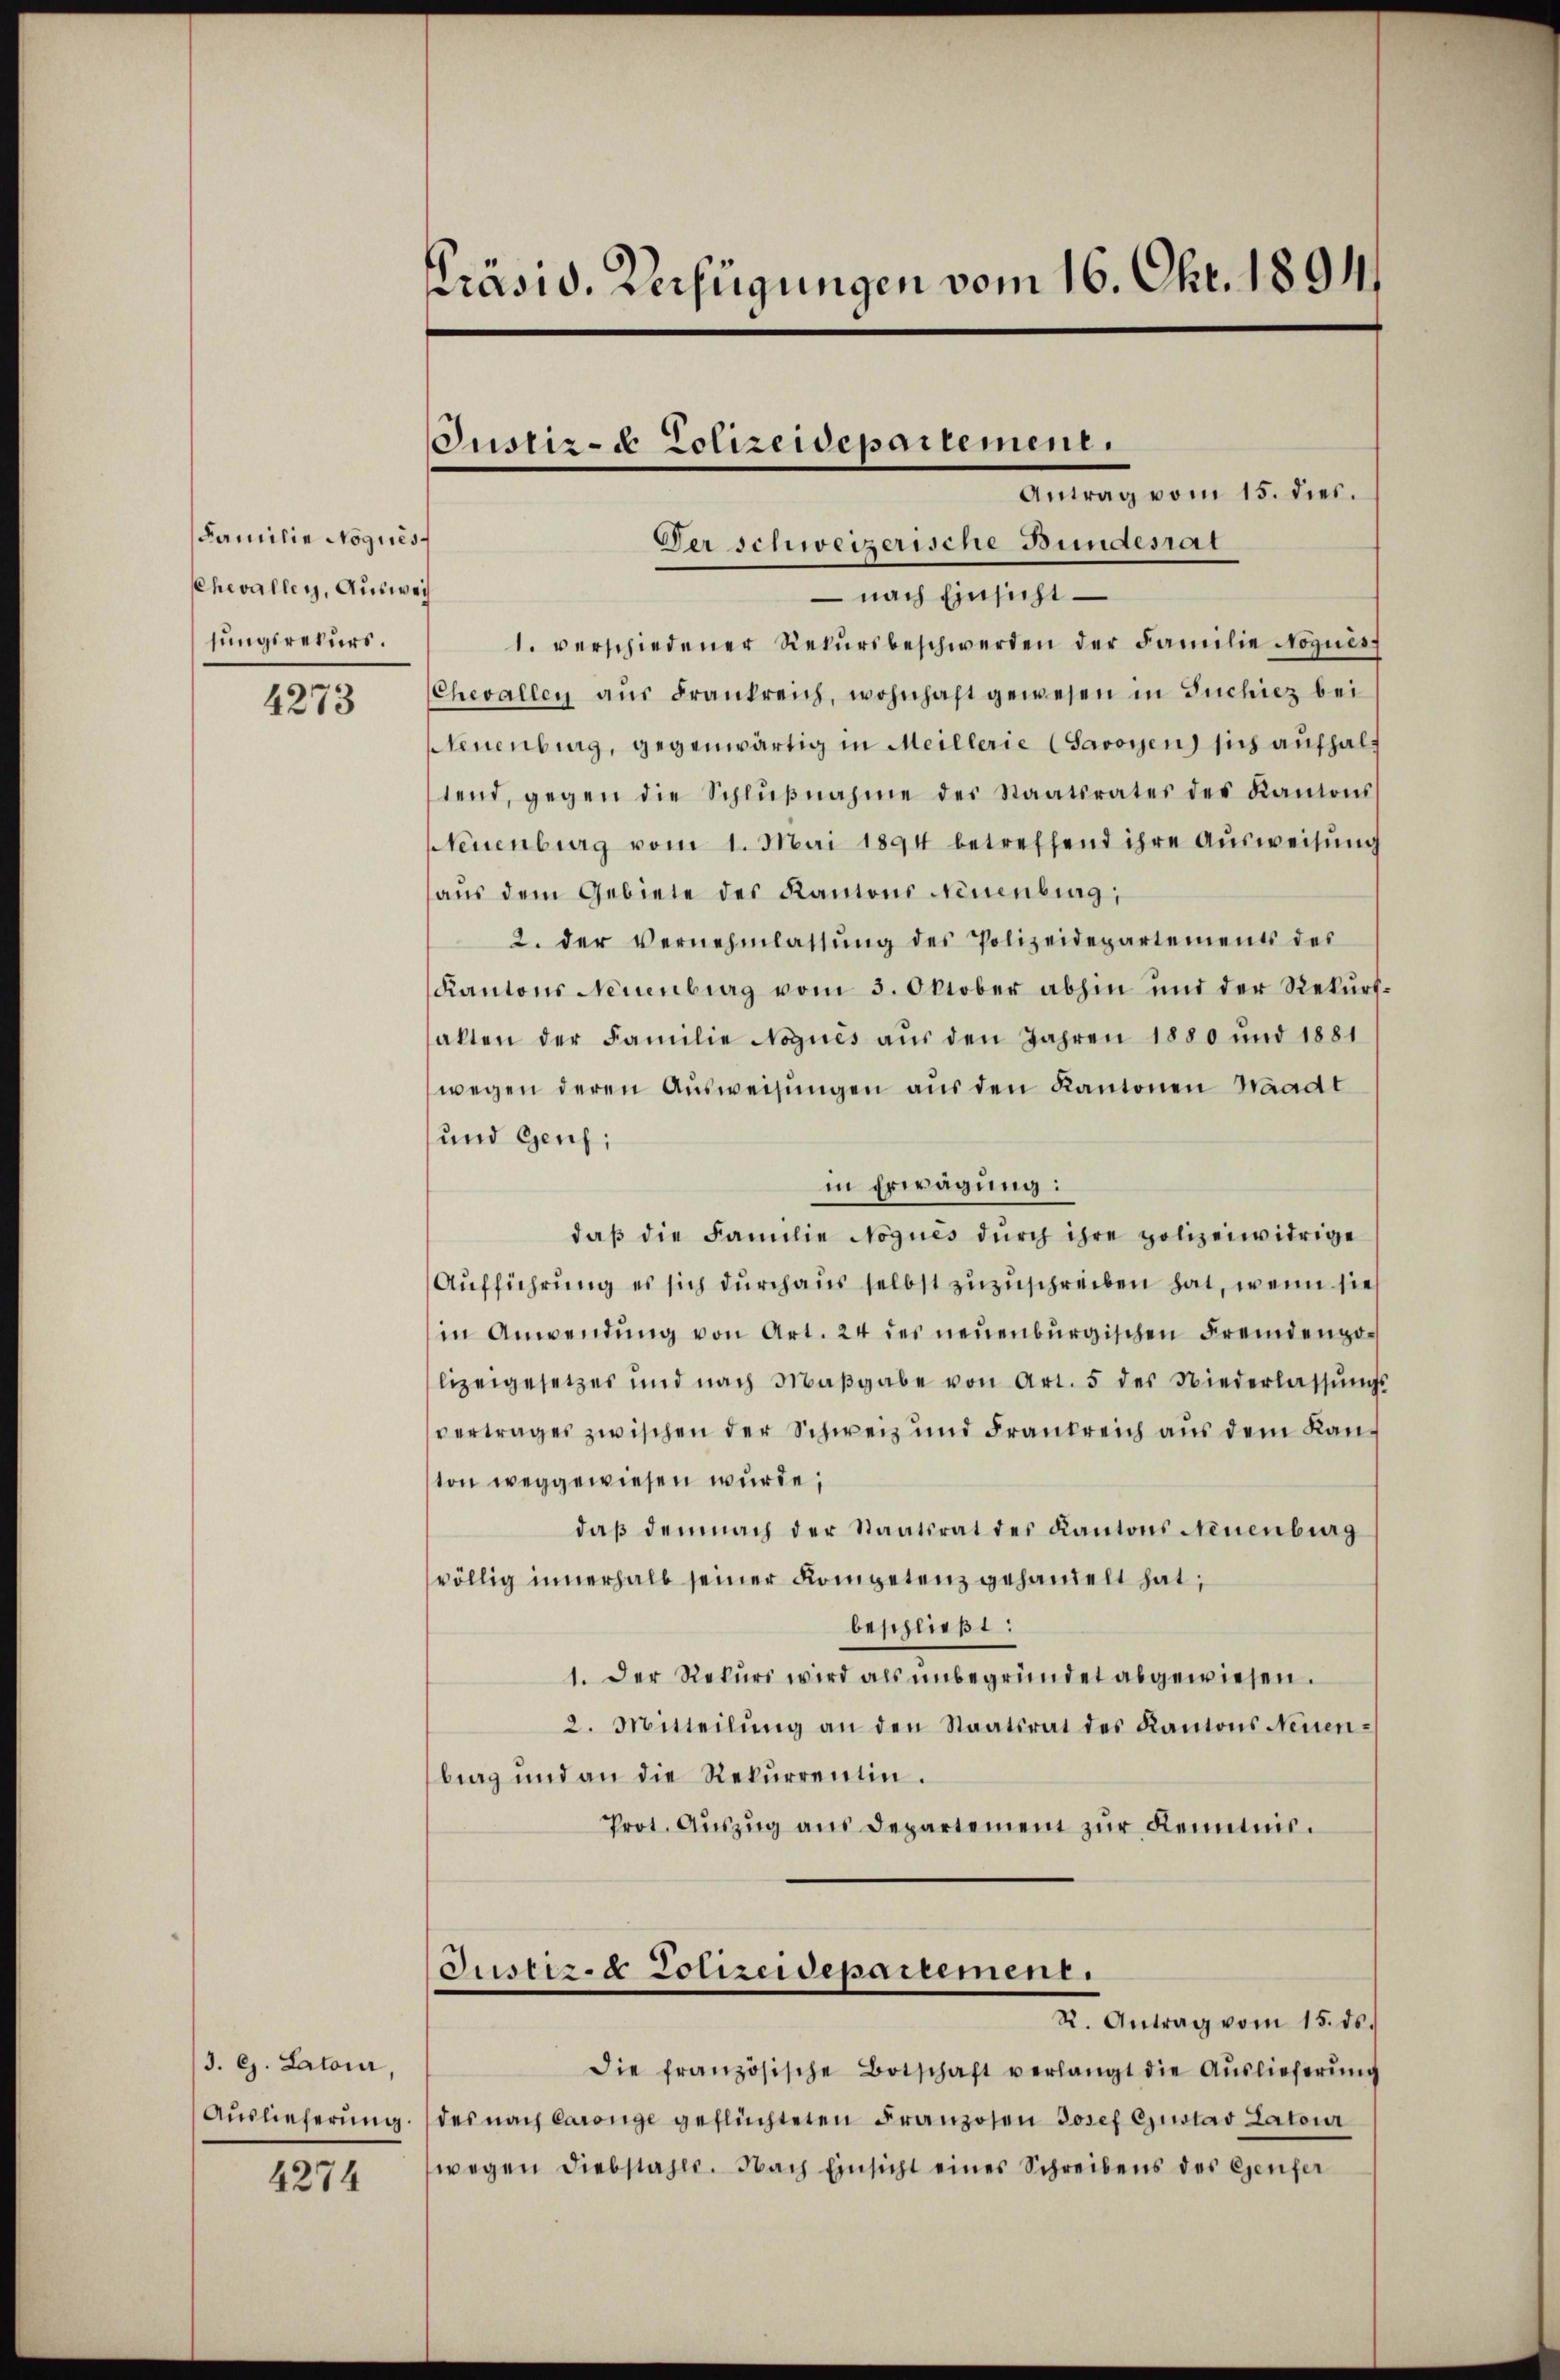
Familie Noqués
Chevalley, Ausweis
sungsrekurs.

4273

3. ej. Latour,
Auslieferung.

4274

Präsid. Verfügungen vom 16. Chr. 1894.

Antrag vom 15. dies.
Der schweizerische Bundesrat
 nach Einsicht
1. verschiedener Rekŭrsbeschwerden der Familie Noqués
Chevallen aŭs Frankreich, wohnhaft gewesen in Tuchicz bei
Neuenburg, gegenwärtig in Meillerie (Savoyen sich aufhalt
tend, gegen die Schlŭβnahme des Staatsrates des Kantons
Neuenburg vom 1. Mai 1894 betreffend ihre Ausweisung
aus dem Gebiete des Kantons Neuenburg,
2. der Vernehmlassŭng des Polizeidepartements des
Kantons Neuenburg vom 3. Oktober abhin und der Rekursalten der Familie Noqués aus den Jahren 1880 und 1881
wegen deren Aŭsweisŭngen aŭs den Kantonen Waadt
und Genf;
in Erwägung:
daβ die Familie Nogués dŭrch ihre polizeiwidrige
Aufführung es sich durchaus selbst zuzuschreiben hat, wenn sie
in Anwendung von Art. 24 des neuenburgischen Fremdenpolizeigesetzes und nach Maβgabe von Art. 5 des Niederlassŭngs
vertrages zwischen der Schweiz und Frankreich aus dem Kan-
ton weggewiesen wurde,
daß demnach der Staatsrat des Kantons Neuenburg
völlig innerhalb seiner Kompetenz gehandelt hat,
beschließt:
1. Der Rekurs wird als unbegründet abgewiesen.
2. Mitteilŭng an den Staatsrat des Kantons Neuenbrag und an die Rekurrentin.
Prot. Aŭszŭg aŭs Departement zŭr Kenntnis.
Justiz- & Polizeidepartement.
Antrag vom 15. ds.
die französische Botschaft verlangt die Auslieferung
des nach Carange geflüchteten Franzosen Josef Gustav Latour
wegen Diebstahle. Nach Einsicht eines Schreibens des Genfer

Justiz- & Polizeidepartement.